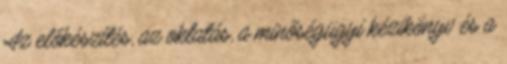
Az előkészítés, az oktatás, a minőségügyi kézikönyv és a